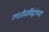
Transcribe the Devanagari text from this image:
रणजीतसिंहांच्या